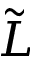
\tilde { L }